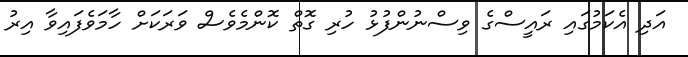
އަދި އެކަމުގައި ރައީސްގެ ވިސްނުންފުޅު ހުރި ގޮތް ކޮންމެވެސް ވަރަކަށް ހާމަވެފައިވާ އިރު